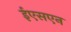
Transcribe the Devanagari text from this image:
ईएसएन